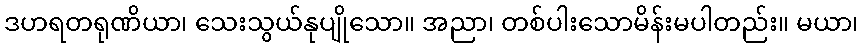
ဒဟရတရုဏိယာ၊ သေးသွယ်နုပျိုသော။ အညာ၊ တစ်ပါးသောမိန်းမပါတည်း။ မယာ၊